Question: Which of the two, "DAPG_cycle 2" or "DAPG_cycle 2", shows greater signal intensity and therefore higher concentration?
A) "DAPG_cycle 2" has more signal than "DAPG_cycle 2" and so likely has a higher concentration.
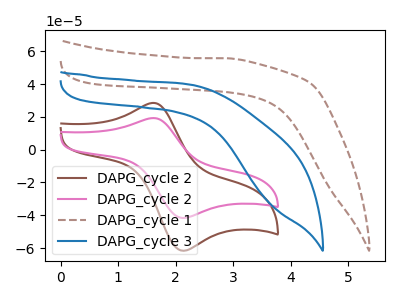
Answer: <think>The brown curve "DAPG_cycle 2" has an anodic peak at (1.60V, 28.45uA) and a cathodic peak at (2.10V, -61.55uA). The pink curve "DAPG_cycle 2" has an anodic peak at (1.60V, 19.25uA) and a cathodic peak at (2.10V, -41.60uA). The brown dashed curve "DAPG_cycle 1" has no peaks. The blue curve "DAPG_cycle 3" has no peaks.
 All the peaks in "DAPG_cycle 2" have a peak in "DAPG_cycle 2" at the same potential. Every peak in "DAPG_cycle 2" is higher than every peak in "DAPG_cycle 2".</think>
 <answer>A) "DAPG_cycle 2" has more signal than "DAPG_cycle 2" and so likely has a higher concentration.</answer>
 <eval>A</eval>